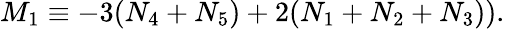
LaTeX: M_{1}\equiv-3(N_{4}+N_{5})+2(N_{1}+N_{2}+N_{3})).